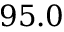
9 5 . 0